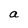
Character: a